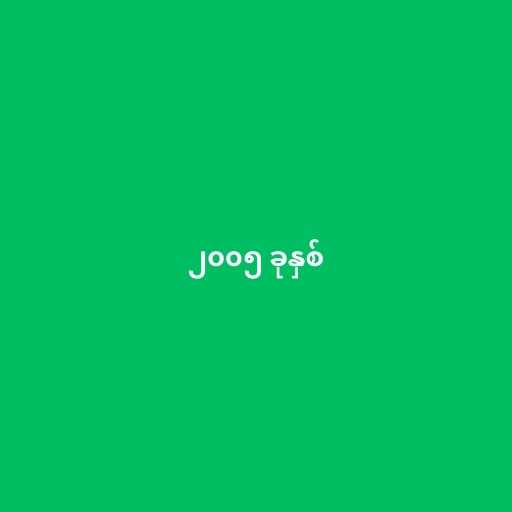
၂၀၀၅ ခုနှစ်